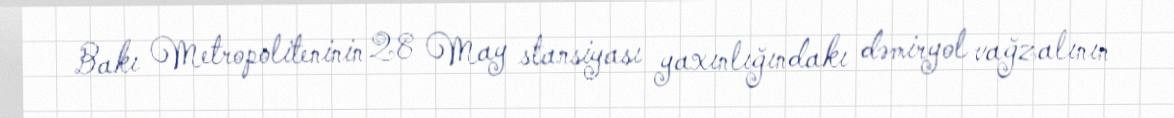
Bakı Metropoliteninin 28 May stansiyası yaxınlığındakı dəmiryol vağzalının